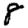
Digit: 8